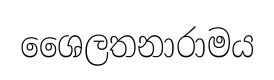
ශෛලතනාරාමය